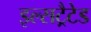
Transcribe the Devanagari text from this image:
इल्सट्रैटेड